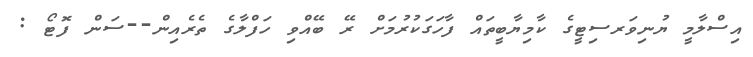
އިސްލާމީ ޔުނިވަރސިޓީގެ ކާމިޔާބީތައް ފާހަގަކުރުމަށް ރޭ ބޭއްވި ހަފްލާގެ ތެރެއިން--ސަން ފޮޓޯ :